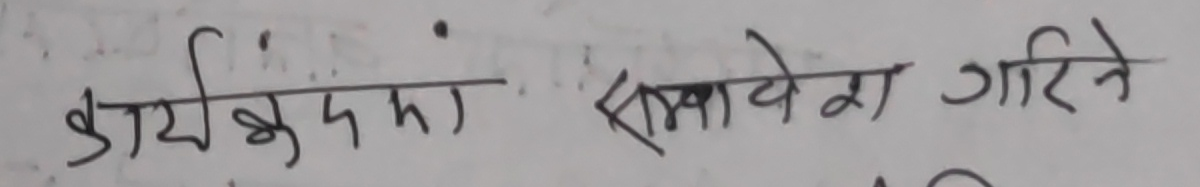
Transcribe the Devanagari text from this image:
कार्यक्रममा समावेश गरिने